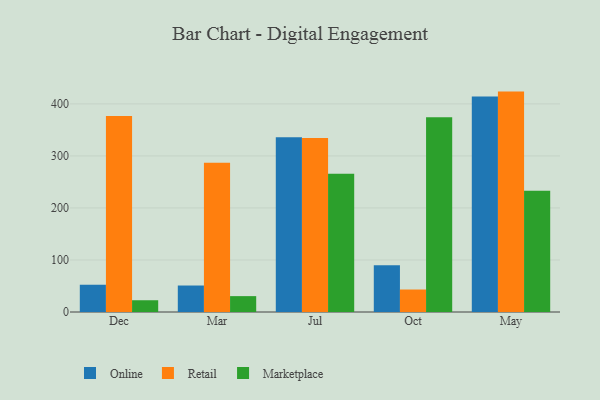
{"axis": {"x": "Month", "y": "Operating Costs (USD K)"}, "legend": ["Marketplace", "Online", "Retail"], "data": [{"x": "Dec", "y": 52.4, "type": "Online"}, {"x": "Dec", "y": 376.9, "type": "Retail"}, {"x": "Dec", "y": 22.6, "type": "Marketplace"}, {"x": "Mar", "y": 50.9, "type": "Online"}, {"x": "Mar", "y": 286.9, "type": "Retail"}, {"x": "Mar", "y": 30.5, "type": "Marketplace"}, {"x": "Jul", "y": 335.7, "type": "Online"}, {"x": "Jul", "y": 334.6, "type": "Retail"}, {"x": "Jul", "y": 265.7, "type": "Marketplace"}, {"x": "Oct", "y": 90.0, "type": "Online"}, {"x": "Oct", "y": 43.2, "type": "Retail"}, {"x": "Oct", "y": 374.2, "type": "Marketplace"}, {"x": "May", "y": 414.3, "type": "Online"}, {"x": "May", "y": 423.6, "type": "Retail"}, {"x": "May", "y": 232.9, "type": "Marketplace"}]}